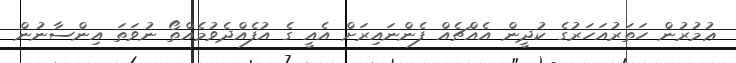
ޢުމުރުން ހަތަރުއަހަރުގެ ކުދީން އެއްޗެއް ފެންނައިރަށް އެއީ ގެ އުފެއްދެވުމެއްތޯ ނުވަތަ އިންސާނުން